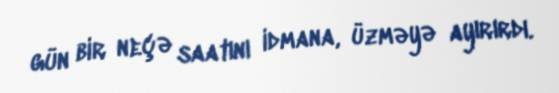
gün bir neçə saatını idmana, üzməyə ayırırdı.